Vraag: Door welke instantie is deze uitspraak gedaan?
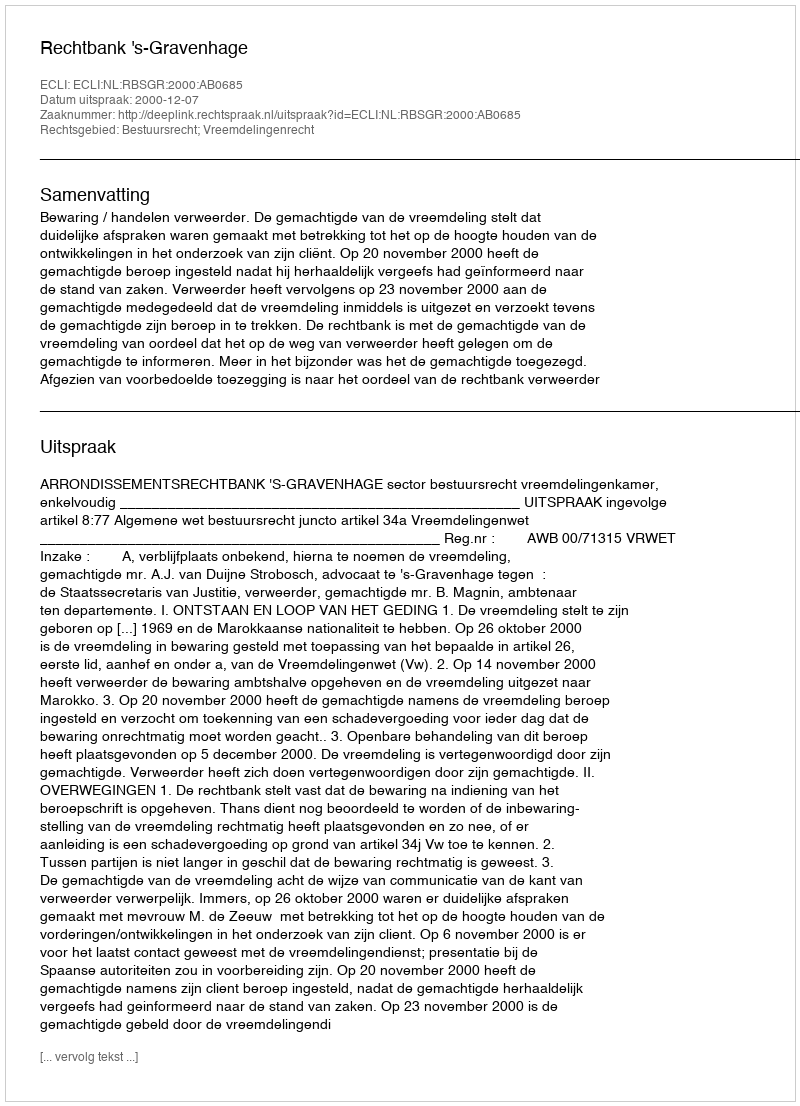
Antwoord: Rechtbank 's-Gravenhage